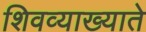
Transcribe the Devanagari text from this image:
शिवव्याख्याते